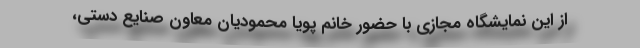
از این نمایشگاه مجازی با حضور خانم پویا محمودیان معاون صنایع دستی،